Madras plague regulations in force outside the Presidency town - Volume 1
Disease focus: Plague
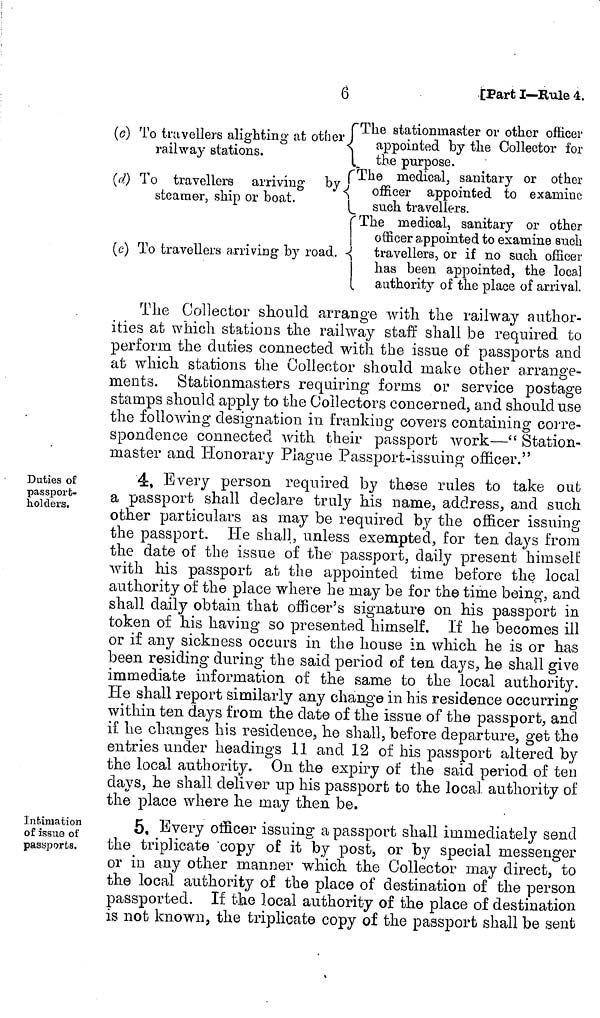
6
[Part I—Rule 4.
(c) To travellers alighting at other
railway stations.
(d) To travellers arriving
by
steamer, ship or boat.
(e) To travellers arriving- by road.
The stationmaster or other officer
appointed by the Collector for
the purpose.
The
medical, sanitary or other
officer appointed to examine
such travellers.
The
medical, sanitary or other
officer appointed to examine such
travellers, or if no such officer
has been appointed, the local
authority of the place of arrival.
The Collector should arrange with the railway author-
ities at which stations the railway staff shall be required to
perform the duties connected with the issue of passports and
at which stations the Collector should make other arrange-
ments. Stationmasters requiring forms or service postage
stamps should apply to the Collectors concerned, and should use
the following designation in franking covers containing corre-
spondence connected with their passport work—" Station-
master and Honorary Plague Passport-issuing officer."
Duties of
passport-
holders.
4, Every person required by these rules to take out
a passport shall declare truly his name, address, and such
other particulars as may be required by the officer issuing
the passport. He shall, unless exempted, for ten days from
the date of the issue of the passport, daily present himself
with his passport at the appointed time before the local
authority of the place where he may be for the time being, and
shall daily obtain that officer's signature on his passport in
token of his having so presented himself. If he becomes ill
or if any sickness occurs in the house in which he is or has
been residing during the said period of ten days, he shall give
immediate information of the same to the local authority.
He shall report similarly any change in his residence occurring
within ten days from the date of the issue of the passport, and
if he changes his residence, he shall, before departure, get the
entries under headings 11 and 12 of his passport altered by
the local authority. On the expiry of the said period of ten
days, lie shall deliver up his passport to the local authority of
the place where he may then be.
Intimation
of issue of
passports.
5, Every officer issuing a passport shall immediately send
the triplicate copy of it by post, or "by special messenger
or in any other manner which the Collector may direct, to
the local authority of the place of destination of the person
passported. If the local authority of the place of destination
is not known, the triplicate copy of the passport shall be sent